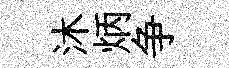
沐炳争